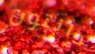
دانتون